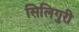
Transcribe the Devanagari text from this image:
सिलिगुरी